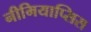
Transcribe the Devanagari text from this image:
नीमियाप्सिस